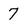
Character: 7